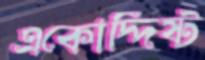
একোদ্দিষ্ট